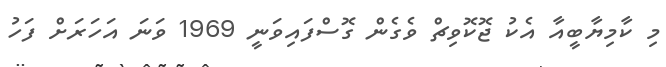
މި ކާމިޔާބީއާ އެކު ޖޮކޮވިޗް ވެގެން ގޮސްފައިވަނީ 1969 ވަނަ އަހަރަށް ފަހު